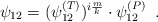
\begin{align*}\psi_{12}=(\psi_{12}^{(T)})^{i\frac{m}{k}}\cdot\psi_{12}^{(P)}\;\;.\end{align*}